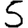
Digit: 5